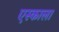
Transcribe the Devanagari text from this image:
एस्काला